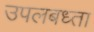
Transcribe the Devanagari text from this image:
उपलबध्ता